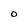
Character: 0